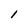
Character: l